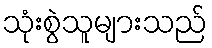
သုံးစွဲသူများသည်